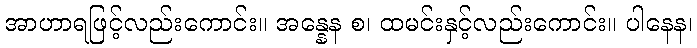
အာဟာရဖြင့်လည်းကောင်း။ အန္နေန စ၊ ထမင်းနှင့်လည်းကောင်း။ ပါနေန၊